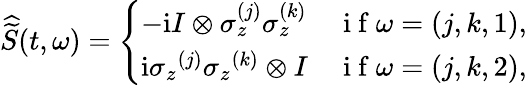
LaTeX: \widehat{\widetilde{S}}(t,\omega)=\left\{ \begin{array}{ll}{-\mathrm{i}I\otimes\sigma_{z}^{(j)}\sigma_{z}^{(k)}}&{\mathrm{~i~f~}\omega=(j,k,1),}\\ {\mathrm{i}{\sigma_{z}}^{(j)}{\sigma_{z}}^{(k)}\otimes I}&{\mathrm{~i~f~}\omega=(j,k,2),}\end{array}\right.